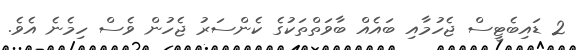
2 ޑައިބެޓީސް ޖެހުމާއި ބައެއް ބާވަތްތަކުގެ ކެންސަރު ޖެހުން ވެސް ހިމެނެ އެވެ.